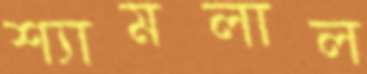
শ্যামলাল